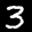
Label: 3